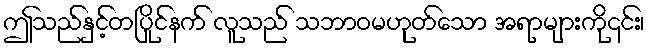
ဤသည်နှင့်တပြိုင်နက် လူသည် သဘာဝမဟုတ်သော အရာများကို၎င်း၊